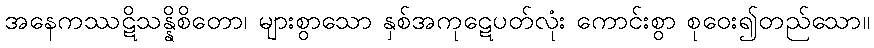
အနေကဿဋိသန္နိစိတော၊ များစွာသော နှစ်အကုဋေပတ်လုံး ကောင်းစွာ စုဝေး၍တည်သော။